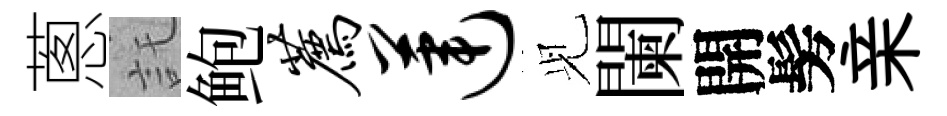
蔥託鲍荐莲𫤗闌開髣亲